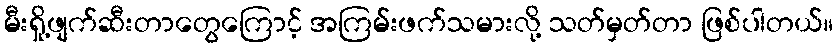
မီးရှို့ဖျက်ဆီးတာတွေကြောင့် အကြမ်းဖက်သမားလို့ သတ်မှတ်တာ ဖြစ်ပါတယ်။